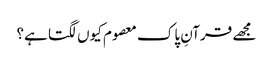
مجھے قرآنِ پاک معصوم کیوں لگتا ہے؟